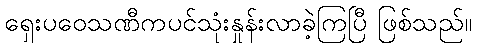
ရှေးပဝေသဏီကပင်သုံးနှုန်းလာခဲ့ကြပြီ ဖြစ်သည်။